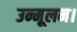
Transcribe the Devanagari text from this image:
उन्मूलन।